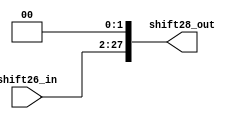
module LSHF_26(shift28_out, shift26_in);

    output  [27:0]  shift28_out;
    input   [25:0]  shift26_in;

    assign shift28_out = shift26_in << 2;

endmodule